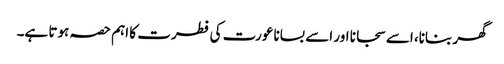
گھر بنانا، اسے سجانا اور اسے بسانا عورت کی فطرت کا اہم حصہ ہوتا ہے۔